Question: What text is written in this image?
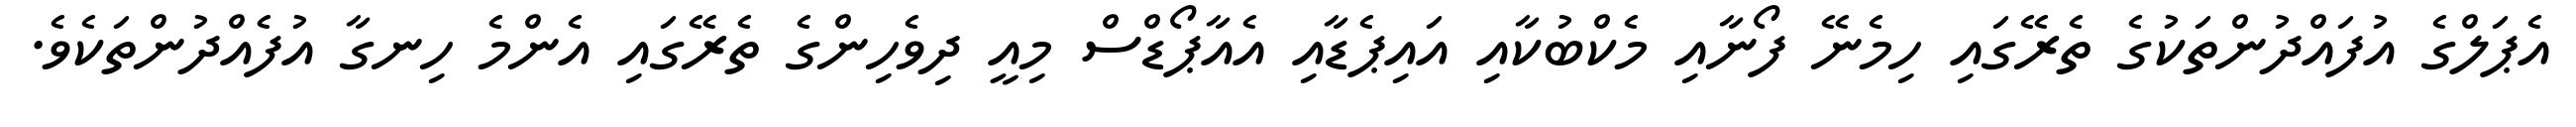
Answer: އެޕަލްގެ އުފައްދުންތަކުގެ ތެރޭގައި ހިމެނޭ ފޯނާއި މެކްބުކާއި އައިޕެޑާއި އެއާޕޯޑްސް މިއީ ދިވެހިންގެ ތެރޭގައި އެންމެ ހިނގާ އުފެއްދުންތަކެވެ.